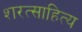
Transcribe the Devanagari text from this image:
शरत्साहित्य